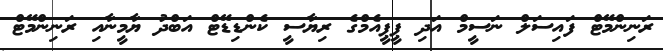
ރަނިންމޭޓް ފައިސަލް ނަސީމް އަދި ޕީޕީއެމްގެ ރިޔާސީ ކެންޑިޑޭޓް އަބްދު ޔާމީނާއި ރަނިންމޭޓް